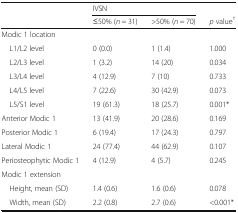
<table><thead><tr><td rowspan="2"></td><td colspan="2"><b>IVSN</b></td><td></td></tr><tr><td><b>≤50% (<i>n</i> = 31)</b></td><td><b>&gt;50% (<i>n</i> = 70)</b></td><td><b><i>p</i> value<sup>†</sup></b></td></tr></thead><tbody><tr><td colspan="4">Modic 1 location</td></tr><tr><td> L1/L2 level</td><td>0 (0.0)</td><td>1 (1.4)</td><td>1.000</td></tr><tr><td> L2/L3 level</td><td>1 (3.2)</td><td>14 (20)</td><td>0.034</td></tr><tr><td> L3/L4 level</td><td>4 (12.9)</td><td>7 (10)</td><td>0.733</td></tr><tr><td> L4/L5 level</td><td>7 (22.6)</td><td>30 (42.9)</td><td>0.073</td></tr><tr><td> L5/S1 level</td><td>19 (61.3)</td><td>18 (25.7)</td><td>0.001*</td></tr><tr><td>Anterior Modic 1</td><td>13 (41.9)</td><td>20 (28.6)</td><td>0.169</td></tr><tr><td>Posterior Modic 1</td><td>6 (19.4)</td><td>17 (24.3)</td><td>0.797</td></tr><tr><td>Lateral Modic 1</td><td>24 (77.4)</td><td>44 (62.9)</td><td>0.107</td></tr><tr><td>Periosteophytic Modic 1</td><td>4 (12.9)</td><td>4 (5.7)</td><td>0.245</td></tr><tr><td>Modic 1 extension</td><td></td><td></td><td></td></tr><tr><td> Height, mean (SD)</td><td>1.4 (0.6)</td><td>1.6 (0.6)</td><td>0.078</td></tr><tr><td> Width, mean (SD)</td><td>2.2 (0.8)</td><td>2.7 (0.6)</td><td>&lt;0.001*</td></tr></tbody></table>